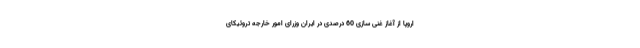
اروپا از آغاز غنی سازی 60 درصدی در ایران وزرای امور خارجه تروئیکای